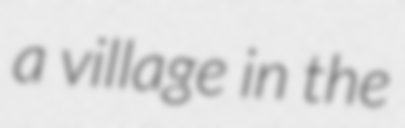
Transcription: a village in the